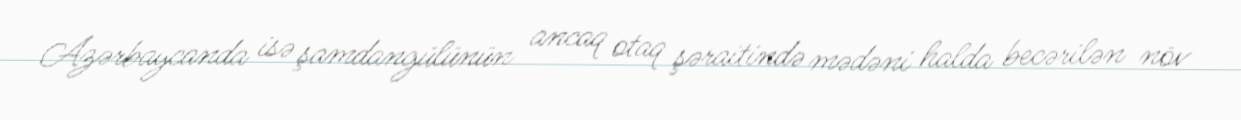
Azərbaycanda isə şamdangülünün ancaq otaq şəraitində mədəni halda becərilən növ